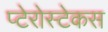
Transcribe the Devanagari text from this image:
प्टेरोस्टेकस